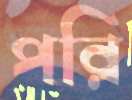
পরি